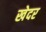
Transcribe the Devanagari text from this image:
खेदर